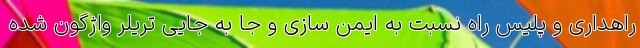
راهداری و پلیس راه نسبت به ایمن سازی و جا به جایی تریلر واژگون شده